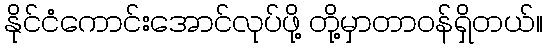
နိုင်ငံကောင်းအောင်လုပ်ဖို့ တို့မှာတာဝန်ရှိတယ်။